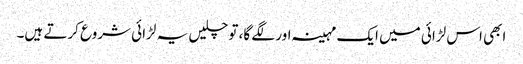
ابھی اس لڑائی میں ایک مہینہ اور لگے گا، تو چلیں یہ لڑائی شروع کرتے ہیں۔